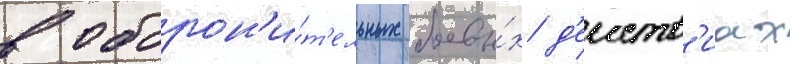
в оборон'и́т'ельных боевы́х д'еиств'иах